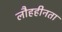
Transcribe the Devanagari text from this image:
लौहहीनता